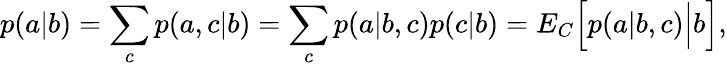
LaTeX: p(a|b)=\sum_{c}p(a,c|b)=\sum_{c}p(a|b,c)p(c|b)={E}_{C}\Big[p(a|b,c)\Big|b\Big],